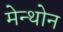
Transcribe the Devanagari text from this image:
मेन्थोन